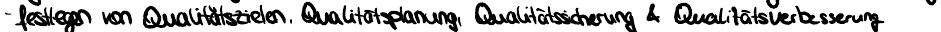
- festlegen von Qualitätszielen, Qualitätsplanung, Qualitätssicherung & Qualitätsverbesserung